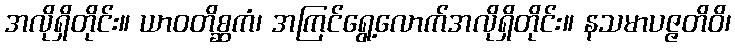
အလိုရှိတိုင်း။ ယာဝတိစ္ဆကံ၊ အကြင်ရွေ့လောက်အလိုရှိတိုင်း။ နသမာပဇ္ဇတိဝိ၊